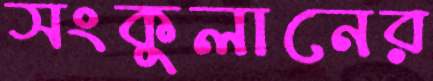
সংকুলানের